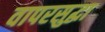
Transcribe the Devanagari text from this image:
वापरसुद्घा